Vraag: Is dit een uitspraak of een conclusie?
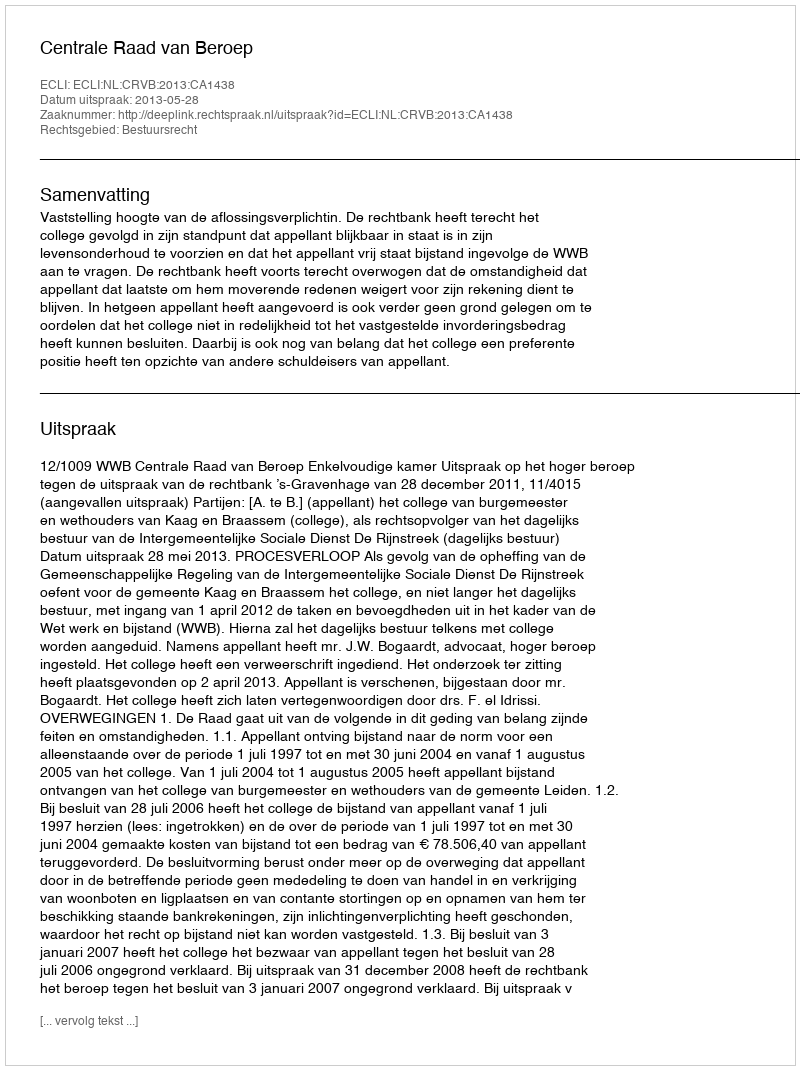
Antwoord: Uitspraak